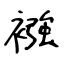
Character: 襁